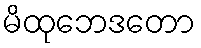
မိထုဘေဒတော